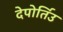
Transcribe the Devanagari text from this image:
देपोर्तिउ